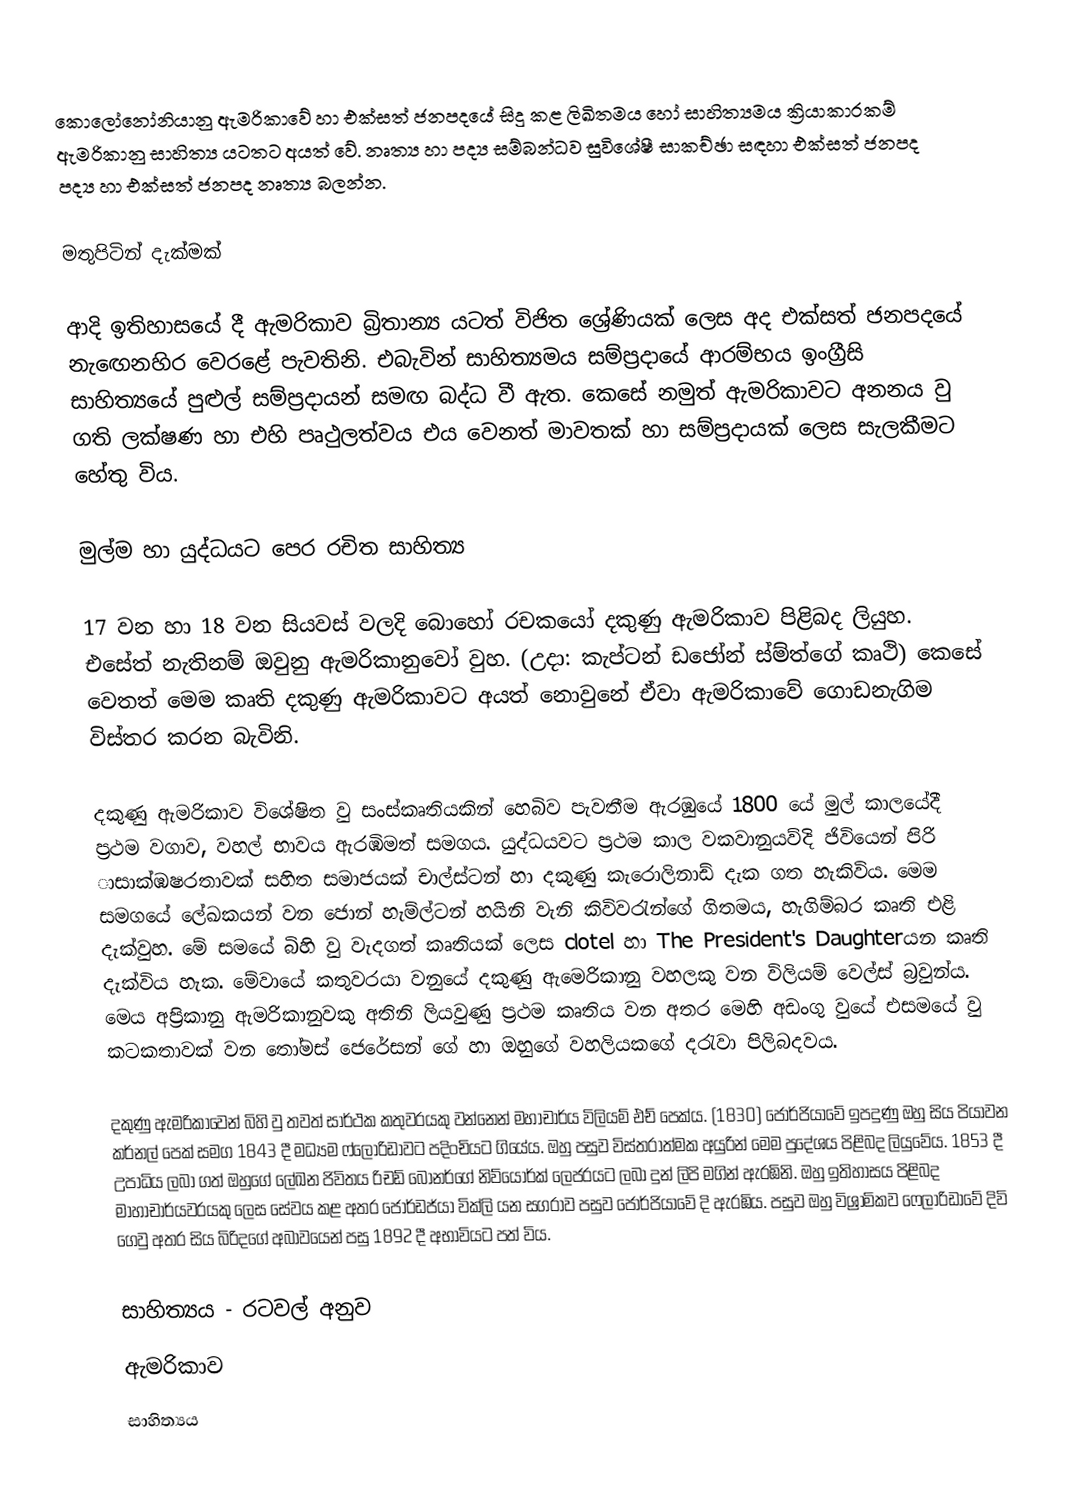
කොලෝනෝනියානු ඇමරිකාවේ හා එක්සත් ජනපදයේ සිදු කළ ලිඛිතමය හෝ සාහිත්‍යමය ක්‍රියාකාරකම් ඇමරිකානු සාහිත්‍ය යටතට අයත් වේ. නෘත්‍ය හා පද්‍ය සම්බන්ධව සුවිශේෂී සාකච්ඡා සඳහා එක්සත් ජනපද පද්‍ය හා එක්සත් ජනපද නෘත්‍ය බලන්න.

මතුපිටින් දැක්මක්

ආදි ඉතිහාසයේ දී ඇමරිකාව බ්‍රිතාන්‍ය යටත් විජිත ශ්‍රේණියක් ලෙස අද එක්සත් ජනපදයේ නැ‍ඟෙනහිර වෙරළේ පැවතිනි. එබැවින් සාහිත්‍යමය සම්ප්‍රදායේ ආරම්භය ඉංග්‍රීසි සාහිත්‍යයේ පුළුල් සම්ප්‍රදායන් සමඟ බද්ධ වී ඇත. කෙසේ නමුත් ඇමරිකාවට අනනය වු ගති ලක්ෂණ හා එහි පෘථුලත්වය එය වෙනත් මාවතක් හා සම්ප්‍රදායක් ලෙස සැලකීමට හේතු විය.

මුල්ම හා යුද්ධයට පෙර රචිත සාහිත්‍ය

	17 වන හා 18 වන සියවස් වලදි බොහෝ රච‍කයෝ දකුණු ඇමරිකාව පිළිබද ලියුහ. එසේත් නැතිනම් ඔවුනු ඇමරිකානුවෝ වුහ. (උදා: කැප්ටන් ඩජෝන් ස්ම්ත්ගේ කෘථි) කෙසේ වෙතත් මෙම කෘති දකුණු ඇමරිකාවට අයත් නොවුනේ ඒවා ඇමරි‍කාවේ ගොඩනැගිම විස්තර කරන බැවිනි.

	දකුණු ඇමරිකාව විශේෂිත වු සංස්කෘතියකින් හෙබිව පැවතීම ඇරඹුයේ 1800 යේ මුල්  කාලයේදී ප්‍රථම වගාව, වහල් භාවය ඇරඹිමත් සමගය. යුද්ධයවට ප්‍රථම කාල වකවානුයව්දි ජිවියෙන් පිරි ාසාක්ඹෂරතාවක් සහිත සමාජයක් චාල්ස්ටන් හා දකුණු කැරොලිනාඩ් දැක ගත හැකිවිය. මෙම සමගයේ ලේඛකයන් වන ජොන් හැම්ල්ටන් හයිනි වැනි කිවිවරැන්ගේ ගිතමය, හැගිම්බර කෘති එළි දැක්වුහ. මේ සමයේ බිහි වු වැදගත් කෘතියක් ලෙස clotel  හා  The President's Daughterයන කෘති දැක්විය හැක. මේවායේ කතුවරයා වනුයේ දකුණු ඇමෙරිකානු වහලකු වන විලියම් වෙල්ස් බ්‍රවුන්ය. මෙය අප්‍රිකානු ඇමරිකානුවකු අතිනි ලියවුණු ප්‍රථම කෘතිය වන අතර මෙහි අඩංගු වුයේ එසමයේ වු කටකතාවක් වන තෝමස් ජෙරේසන් ගේ හා ඔහුගේ වහලියකගේ දරැවා පිලිබදවය.

	දකුණු ඇමරිකාවෙන් බිහි වු තවත් සාර්ථක කතුවරයකු වන්නෙන් මහාචාර්ය විලියම් එච් පෙක්ය. (1830) ජෝර්ජියාවේ ඉපදුණු ඔහු සිය පියාවන කර්නල් පෙක් සමග 1843 දී මධ්‍යම ෆ්ලෝරිඩාවට පදිංචියට ගියේය. ඔහු පසුව විස්තරාත්මක අයුරින් මෙම පුදේශය පිළිබද ලියුවේය. 1853 දී උපාධිය ලබා ගත් ඔහුගේ ලේඛන ජිවිතය රිචඩ් බොනර්ගේ නිව්යෝර්ක් ලෙජරයට ලබා දුන් ලිපි මගින් ඇරඹිනි. ඔහු ඉතිහාසය පිළිබද මාහාචාර්යවරයකු ලෙස සේවය කළ අතර ජෝර්ඩජ්යා වික්ලි යන සගරාව පසුව ජෝර්ජියාවේ දි ඇරඹිය. පසුව ඔහු විශ්‍රාමිකව ‍ෆ‍්ලෝරිඩාවේ දිවි ගෙවු අතර සිය බිරිදගේ අබාවයෙන් පසු 1892 දී අභාවියට පත් විය.

සාහිත්‍යය - රටවල් අනුව
ඇමරිකාව
සාහිත්‍යය